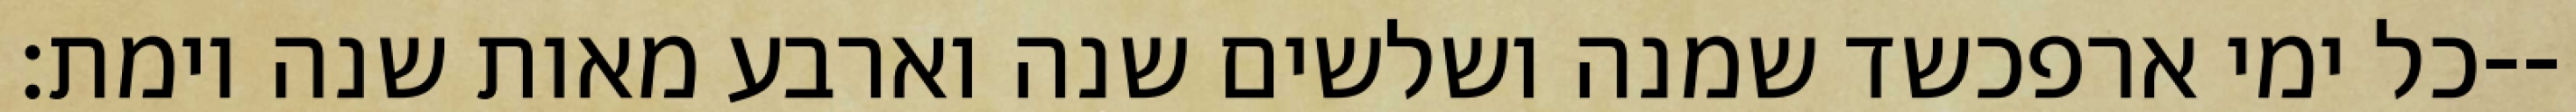
כל ימי ארפכשד שמנה ושלשים שנה וארבע מאות שנה וימת׃--